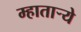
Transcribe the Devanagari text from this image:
म्हातार्‍ये